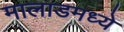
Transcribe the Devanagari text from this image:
मालाडमध्ये